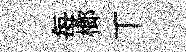
每榔丅